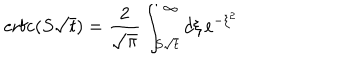
LaTeX: \mathrm { e r f c } ( S \sqrt t ) = \frac { 2 } { \sqrt \pi } \int _ { S \sqrt t } ^ { \infty } d \xi \, e ^ { - \xi ^ { 2 } }